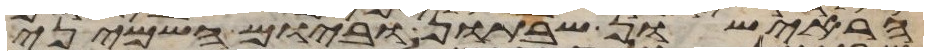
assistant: הראישון שבתון וביום השמיני